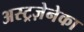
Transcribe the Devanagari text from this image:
अस्ट्रज़ेनेका